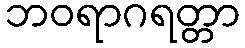
ဘဝရာဂရတ္တာ